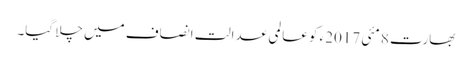
بھارت 8 مئی 2017ء کو عالمی عدالت انصاف میں چلا گیا۔